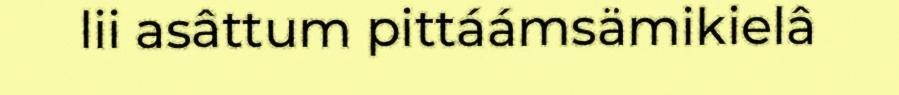
lii asâttum pittáámsämikielâ